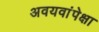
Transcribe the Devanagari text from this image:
अवयवांपेक्षा